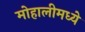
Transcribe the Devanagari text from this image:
मोहालीमध्ये